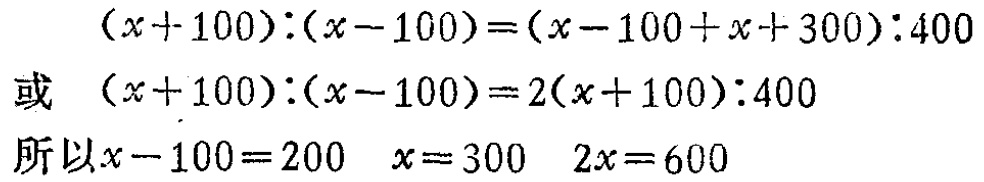
\[
\begin{align*}
(x + 100):(x - 100)&=(x - 100 + x + 300):400\\
\text{或 }(x + 100):(x - 100)&=2(x + 100):400\\
\text{所以}x - 100&=200\quad x = 300\quad 2x = 600
\end{align*}
\]